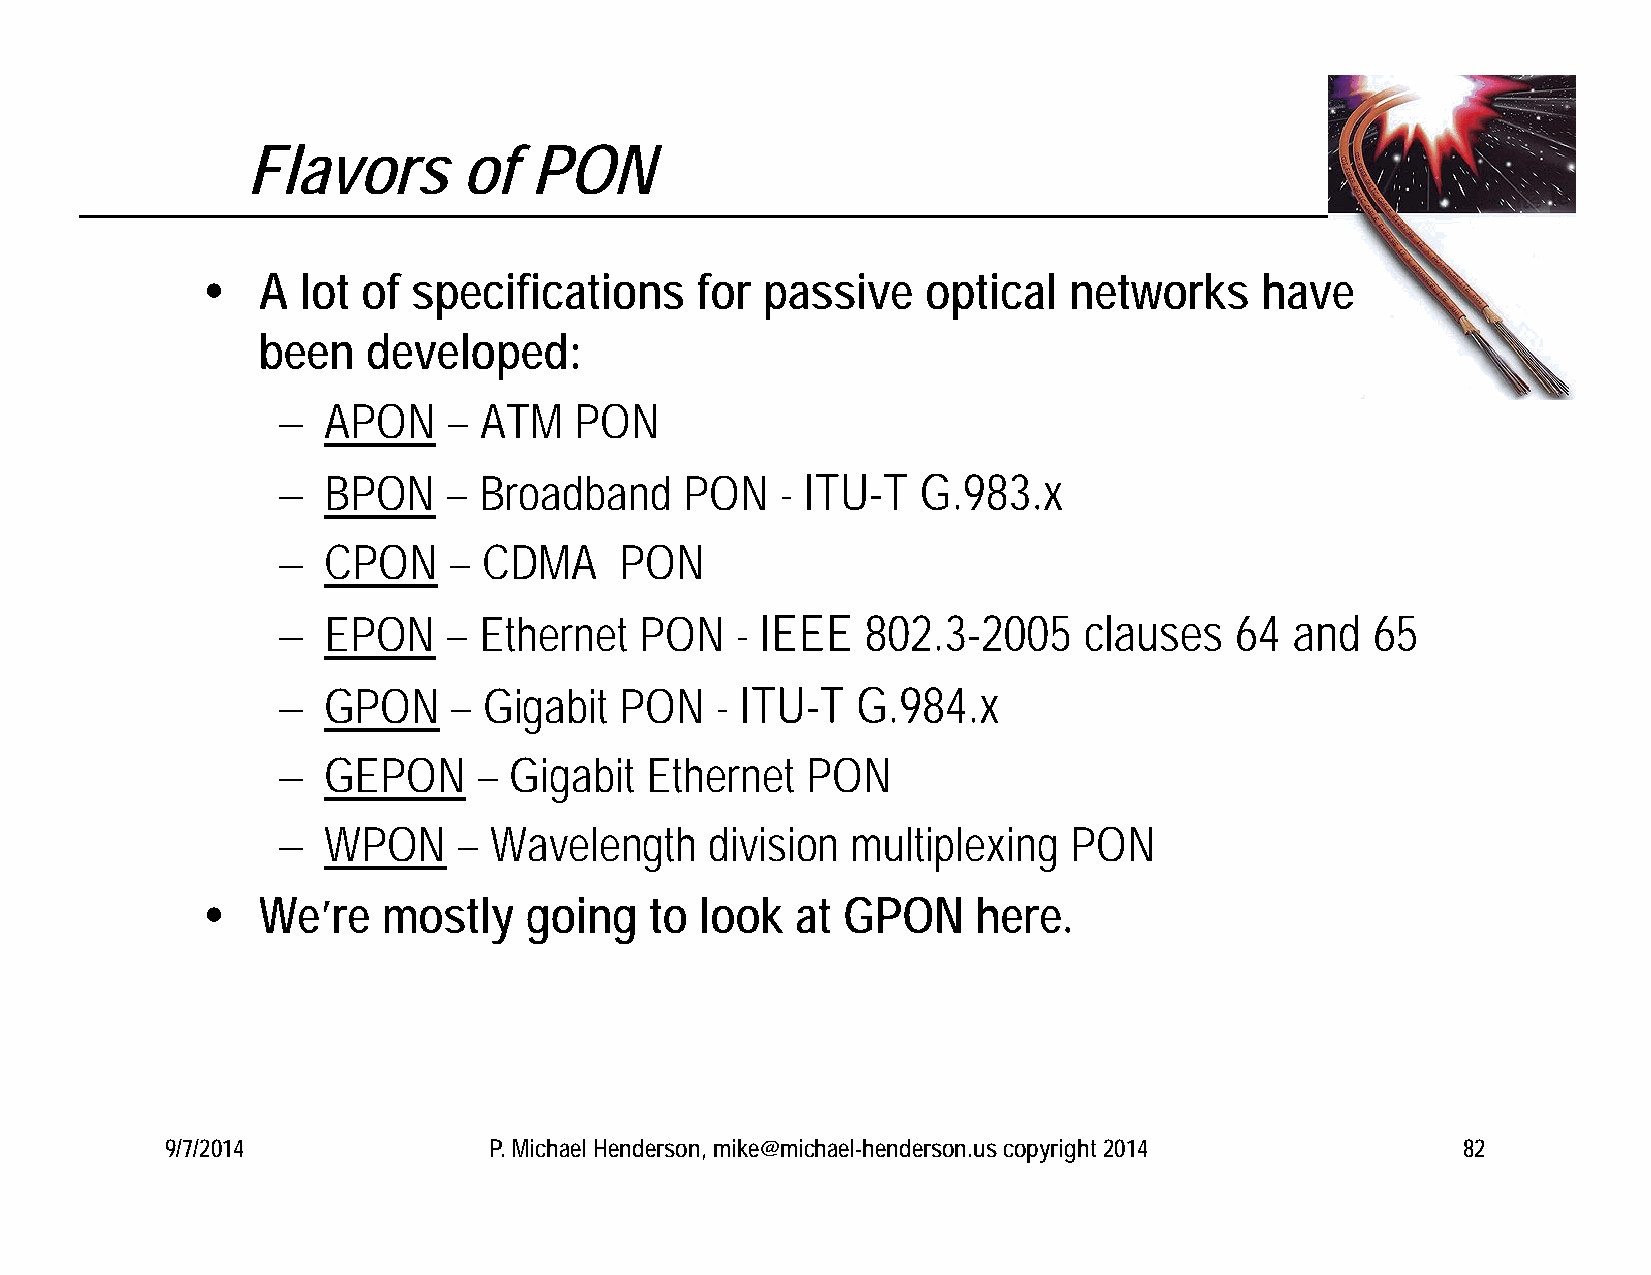
Flavors        of  PON
    A  lot of specifications     for passive    optical   networks    have
 been   developed:
   APON     – ATM   PON
   BPON     – Broadband    PON    - ITU-T  G.983.x
   CPON     – CDMA     PON
   EPON     – Ethernet  PON    - IEEE  802.3-2005     clauses   64  and  65
   GPON     – Gigabit  PON   - ITU-T   G.984.x
   GEPON      – Gigabit  Ethernet  PON
   WPON     – Wavelength     division multiplexing   PON
    We’re   mostly    going   to look   at GPON     here.
 9/7/2014             P. Michael Henderson, mike@michael-henderson.us copyright 2014   82